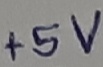
Text: +5V